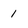
Character: 1